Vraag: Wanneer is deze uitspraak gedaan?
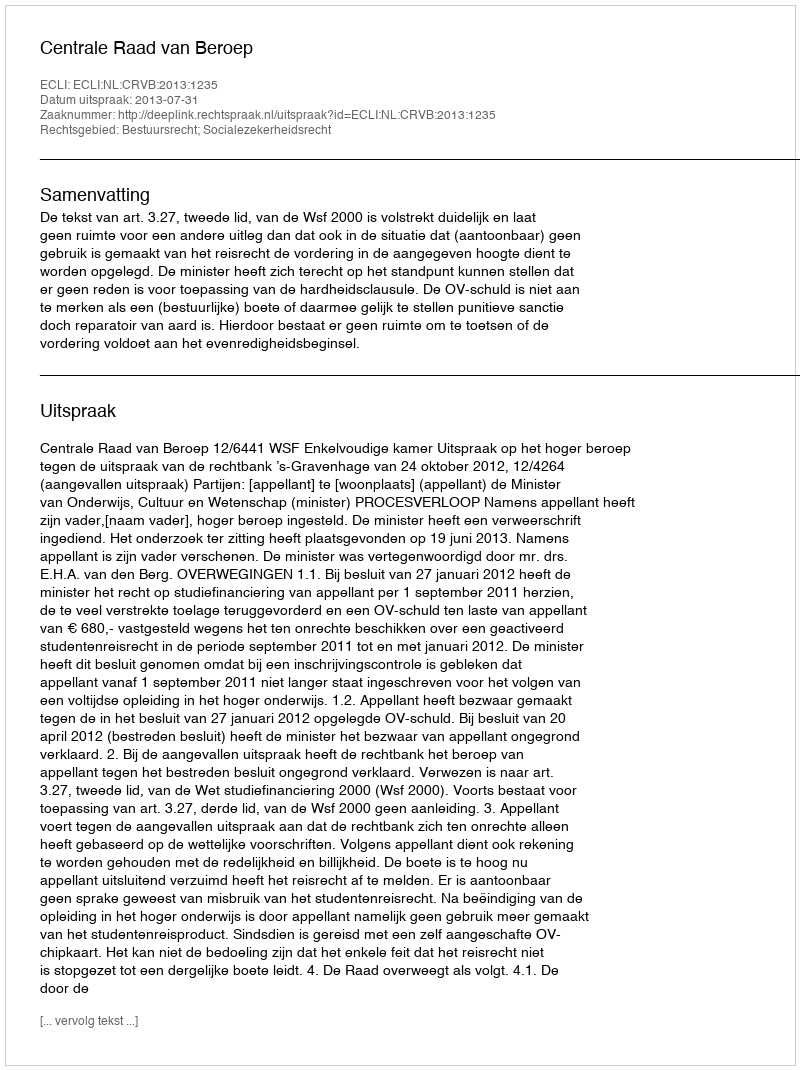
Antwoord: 2013-07-31